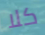
كلا